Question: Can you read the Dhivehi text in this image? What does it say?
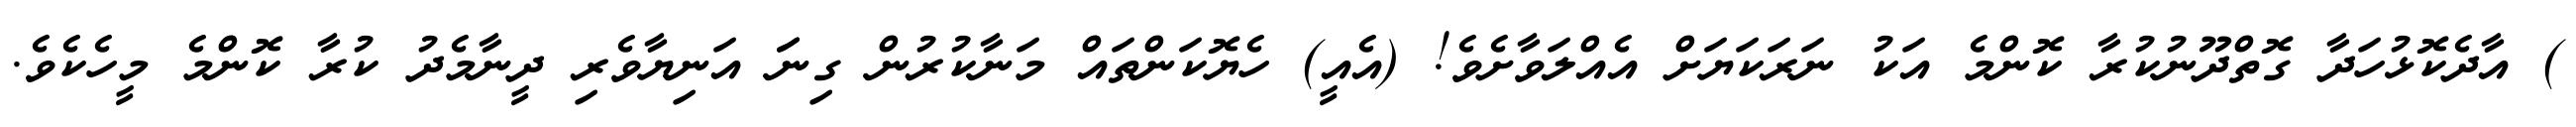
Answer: ) އާދެކޮޅުހަދާ ގޮތްދޫނުކުރާ ކޮންމެ އަކު ނަރަކަޔަށް އެއްލަވާށެވެ! (އެއީ) ހެޔޮކަންތައް މަނާކުރުން ގިނަަ އަނިޔާވެރި ދީނާމެދު ކުރާ ކޮންމެ މީހެކެވެ.